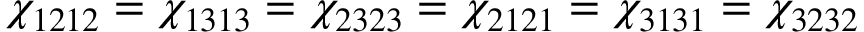
\chi _ { 1 2 1 2 } = \chi _ { 1 3 1 3 } = \chi _ { 2 3 2 3 } = \chi _ { 2 1 2 1 } = \chi _ { 3 1 3 1 } = \chi _ { 3 2 3 2 }